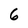
Character: 6